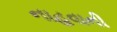
નાહવાની